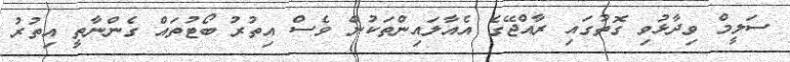
ސަލީމް ވިދާޅުވި ގޮތުގައި ރާއްޖޭގެ އެއާލައިންތަކުން ވެސް އިތުރު ބޯޓުތައް ގެންނާތީ އިތުރު